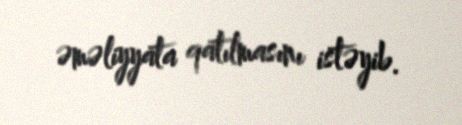
əməliyyata qatılmasını istəyib.